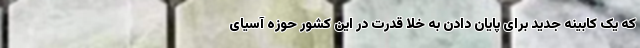
که یک کابینه جدید برای پایان دادن به خلا قدرت در این کشور حوزه آسیای